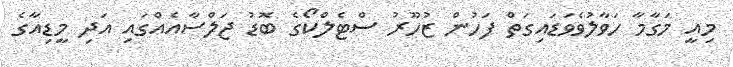
މިއީ މަގާމާ ހަވާލުވެވަޑައިގަތް ފަހުން ޒުހޫރު ސްޓެލްކޯގެ ބޮޑު ޖަލްސާއެއްގައި އަދި މީޑިއާގެ